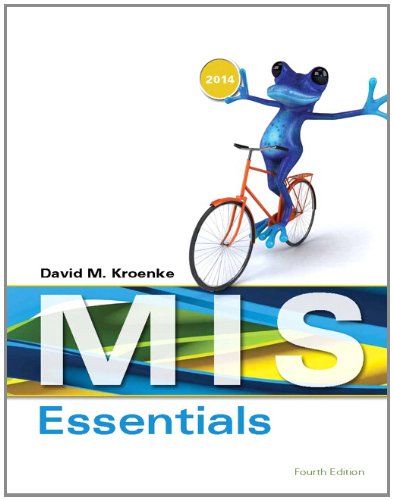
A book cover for MIS Essentials (4th Edition); David M. Kroenke; Business & Money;